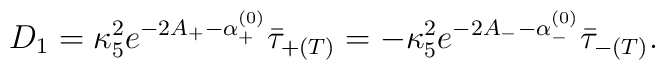
D_1 = \kappa_5^2e^{-2A_+-\alpha^{(0)}_+}\bar{\tau}_{+(T)}  = -\kappa_5^2e^{-2A_--\alpha^{(0)}_-}\bar{\tau}_{-(T)}.